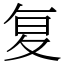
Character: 复